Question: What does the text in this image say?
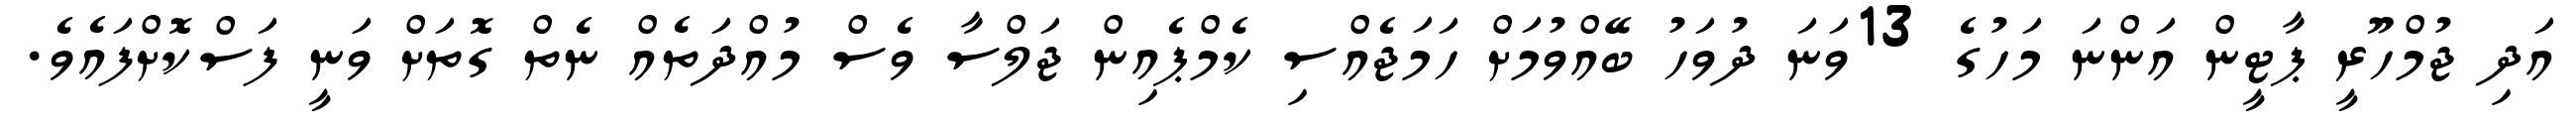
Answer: އަދި ޖުމްހޫރީ ޕާޓީން އަންނަ މަހުގެ 13ވަނަ ދުވަހު ބޭއްވުމަށް ހަމަޖެއްސި ކެމްޕެއިން ޖަލްސާ ވެސް މުއްދަތެއް ނެތް ގޮތަށް ވަނީ ފަސްކޮށްފައެވެ.